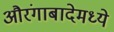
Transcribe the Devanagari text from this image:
औरंगाबादेमध्ये